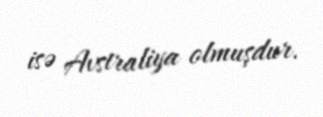
isə Avstraliya olmuşdur.